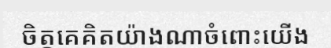
ចិត្តគេគិតយ៉ាងណាចំពោះយើង